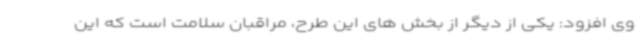
وی افزود: یکی از دیگر از بخش های این طرح، مراقبان سلامت است که این